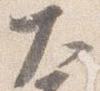
大